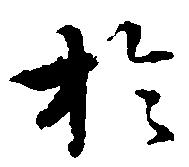
於